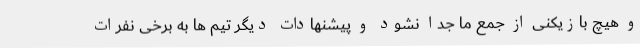
و هیچ بازیکنی از جمع ما جدا نشود و پیشنهادات دیگر تیم ها به برخی نفرات